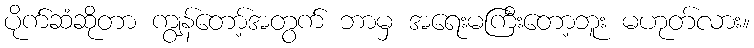
ပိုက်ဆံဆိုတာ ကျွန်တော့်အတွက် ဘာမှ အရေးမကြီးတော့ဘူး မဟုတ်လား။